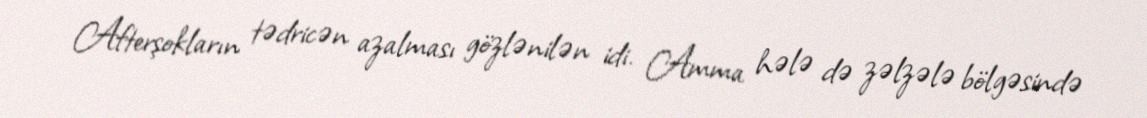
Afterşokların tədricən azalması gözlənilən idi. Amma hələ də zəlzələ bölgəsində